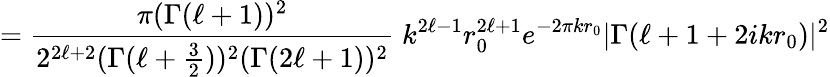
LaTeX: ={\frac{\pi(\Gamma(\ell+1))^{2}}{2^{2\ell+2}(\Gamma(\ell+{\frac{3}{2}}))^{2}(\Gamma(2\ell+1))^{2}}}\; k^{2\ell-1}r_{0}^{2\ell+1}e^{-2\pi kr_{0}}|\Gamma(\ell+1+2ikr_{0})|^{2}